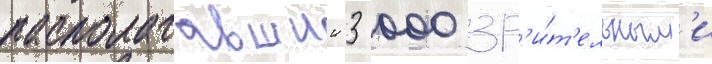
располагавшии 3 000 зр'и́т'ельным'и